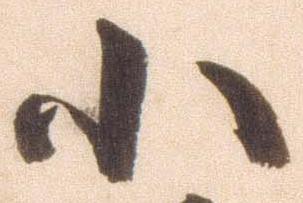
小